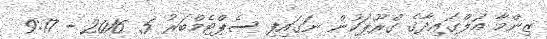
ޒިންމާ އަލްގައިދާގެ ގްރޫޕަކުން ނަގައިފި ސެޕްޓެމްބަރު 5